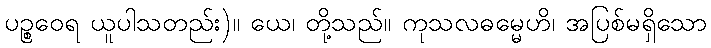
ပဉ္စဝေရ ယူပါသတည်း)။ ယေ၊ တို့သည်။ ကုသလဓမ္မေဟိ၊ အပြစ်မရှိသော